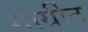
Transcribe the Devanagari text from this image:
मार्ग्रीट